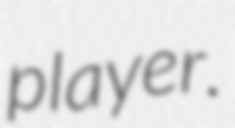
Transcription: player.